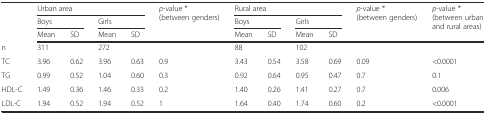
<table><thead><tr><td></td><td colspan="4"><b>Urban area</b></td><td rowspan="3"><b><i>p</i>-value * (between genders)</b></td><td colspan="4"><b>Rural area</b></td><td rowspan="3"><b><i>p</i>-value * (between genders)</b></td><td rowspan="3"><b><i>p</i>-value * (between urban and rural areas)</b></td></tr><tr><td rowspan="2"></td><td colspan="2"><b>Boys</b></td><td colspan="2"><b>Girls</b></td><td colspan="2"><b>Boys</b></td><td colspan="2"><b>Girls</b></td></tr><tr><td><b>Mean</b></td><td><b>SD</b></td><td><b>Mean</b></td><td><b>SD</b></td><td><b>Mean</b></td><td><b>SD</b></td><td><b>Mean</b></td><td><b>SD</b></td></tr></thead><tbody><tr><td>n</td><td>311</td><td></td><td>272</td><td></td><td></td><td>88</td><td></td><td>102</td><td></td><td></td><td></td></tr><tr><td>TC</td><td>3.96</td><td>0.62</td><td>3.96</td><td>0.63</td><td>0.9</td><td>3.43</td><td>0.54</td><td>3.58</td><td>0.69</td><td>0.09</td><td>&lt;0.0001</td></tr><tr><td>TG</td><td>0.99</td><td>0.52</td><td>1.04</td><td>0.60</td><td>0.3</td><td>0.92</td><td>0.64</td><td>0.95</td><td>0.47</td><td>0.7</td><td>0.1</td></tr><tr><td>HDL-C</td><td>1.49</td><td>0.36</td><td>1.46</td><td>0.33</td><td>0.2</td><td>1.40</td><td>0.26</td><td>1.41</td><td>0.27</td><td>0.7</td><td>0.006</td></tr><tr><td>LDL-C</td><td>1.94</td><td>0.52</td><td>1.94</td><td>0.52</td><td>1</td><td>1.64</td><td>0.40</td><td>1.74</td><td>0.60</td><td>0.2</td><td>&lt;0.0001</td></tr></tbody></table>